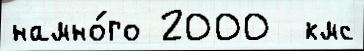
намно́го 2000  кмс